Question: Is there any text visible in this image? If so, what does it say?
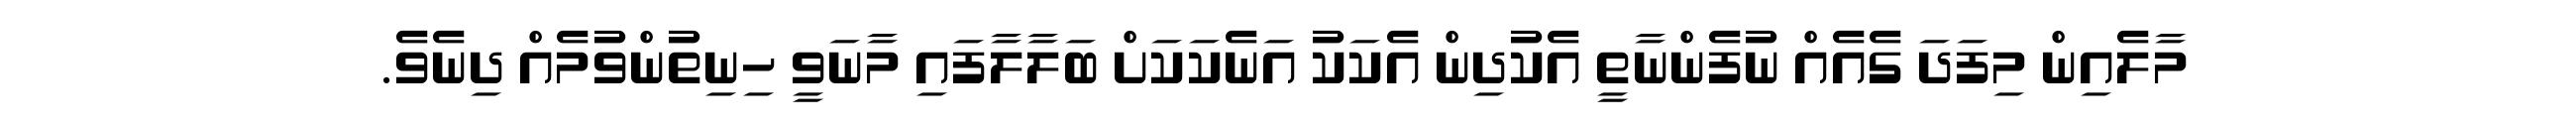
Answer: މާލެއިން މިފަދަ ގެއެއް ނުފެންނާތީ އެކުދިން އެކަކު އަނެކަކަށް ބަލާލާފައި މާނަވީ ހިނިތުންވުމެއް ދިނެވެ.